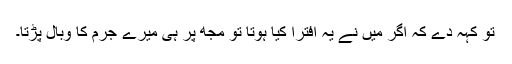
تُو کہہ دے کہ اگر میں نے یہ افترا کیا ہوتا تو مجھ پر ہی میرے جرم کا وبال پڑتا۔